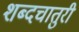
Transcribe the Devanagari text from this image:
शब्दचातुरी